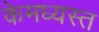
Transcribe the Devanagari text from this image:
केमध्यस्त